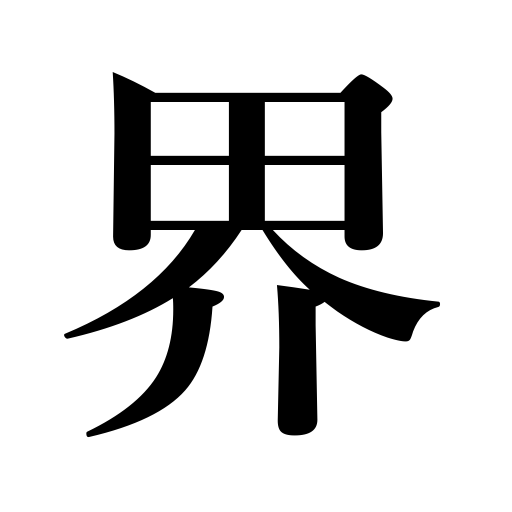
Meanings: circle,limits,world,boundary